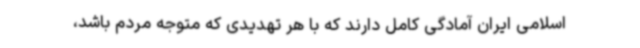
اسلامی ایران آمادگی کامل دارند که با هر تهدیدی که متوجه مردم باشد،